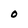
Character: 0